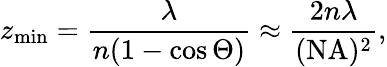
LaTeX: z_{\mathrm{min}}=\frac{\lambda}{n(1-\cos\Theta)}\approx\frac{2n\lambda}{(\mathrm{NA})^{2}},